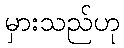
မှားသည်ဟု